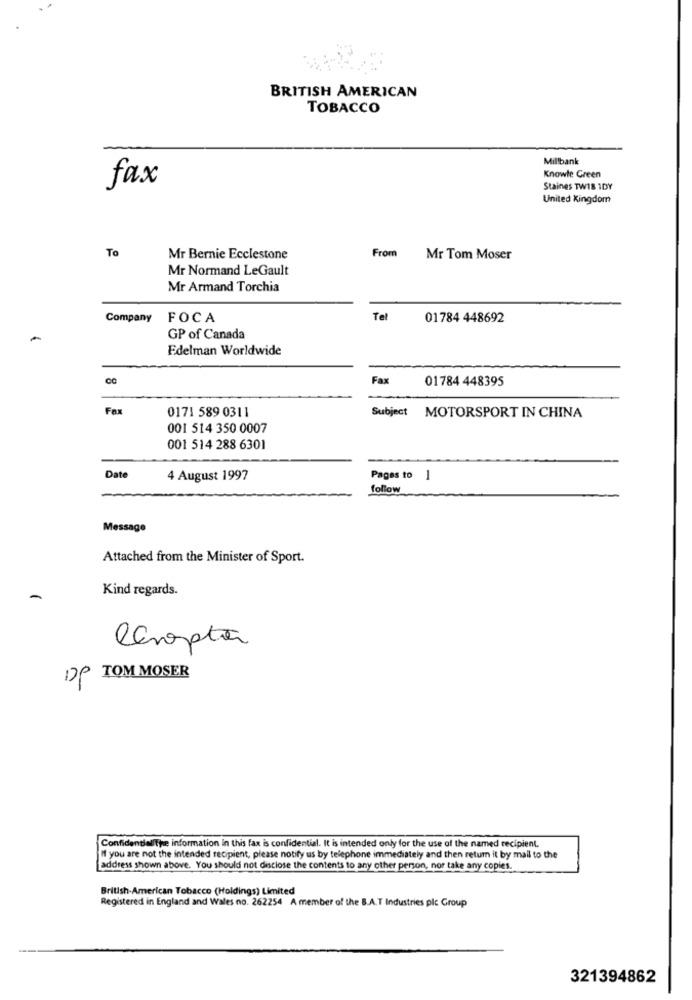
BRITISH AMERICAN
TOBACCO
Millbank
Knowte Green
fax
Staines TW18 1DY
United Kingdom
To
Mr Bernie Ecclestone
From
Mr Tom Moser
Mr Normand LeGault
Mr Armand Torchia
Company
FOCA
Tel
01784 448692
-
GP of Canada
Edelman Worldwide
cc
Fax
01784 448395
Fax
0171 589 0311
Subject
MOTORSPORT IN CHINA
001 514 350 0007
001 514 288 6301
Date
4 August 1997
Pages to 1
follow
Message
Attached from the Minister of Sport.
Kind regards.
-
Chopter
DP TOM MOSER
Confidential/The information in this fax is confidential. It is intended only for the use of the named recipient.
If you are not the intended recipient, please notify us by telephone immediately and then return it by mail to the
address shown above. You should not disclose the contents to any other person, nor take any copies.
British American Tobacco (Holdings) Limited
Registered in England and Wales no. 262254 A member of the B.A.T Industries plc Group
321394862